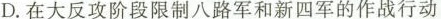
D.在大反攻阶段限制八路军和新四军的作战行动